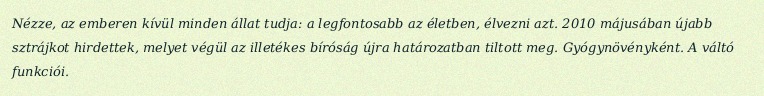
Nézze, az emberen kívül minden állat tudja: a legfontosabb az életben, élvezni azt. 2010 májusában újabb sztrájkot hirdettek, melyet végül az illetékes bíróság újra határozatban tiltott meg. Gyógynövényként. A váltó funkciói.